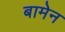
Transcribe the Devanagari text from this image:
बामेन